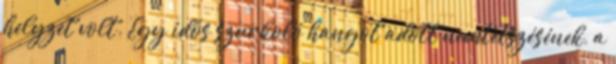
helyzet volt. Egy idős szurkoló hangot adott nemtetszésének, a